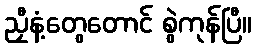
ညှီနံ့တွေတောင် စွဲကုန်ပြီ။